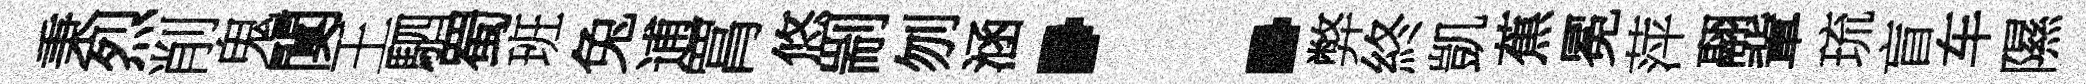
秉烈削鬼闃王駟蜀班兔逋罥悠剬刎涵：弊終凱蕉冕萍翮軰琉盲车隰